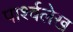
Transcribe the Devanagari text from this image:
पार्श्वलेख